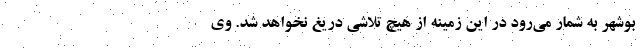
بوشهر به شمار می‌رود در این زمینه از هیچ تلاشی دریغ نخواهد شد. وی